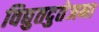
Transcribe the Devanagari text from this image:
विद्युतदुतेजना